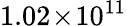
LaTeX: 1.02\! \times\! 10^{11}